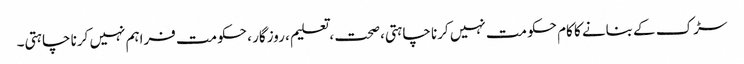
سڑک کے بنانے کا کام حکومت نہیں کرنا چاہتی،صحت ، تعلیم ، روزگار ، حکومت فراہم نہیں کرنا چاہتی۔